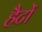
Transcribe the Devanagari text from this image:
हैटों